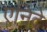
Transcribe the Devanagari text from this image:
एनिदे